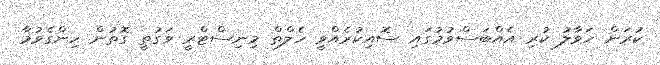
ކުރަން ހަވާލު ކުރި އެއްބަސްވުމުގައި ސޮއިކުރެއްވީ ހެލްތް މިނިސްޓްރީ ވަގުތީ ގޮތުން ހިންގެވުމާ